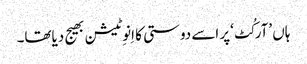
ہاں ’آرکُٹ‘پر اسے دوستی کا اِنوِٹیشن بھیج دیاتھا۔